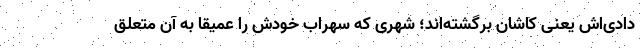
دادی‌اش یعنی کاشان برگشته‌اند؛ شهری که سهراب خودش را عمیقا به آن متعلق